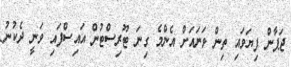
ޖަޕާން ފިޔަވައި ތިން ވަނައަށް އެންމެ ގިނަ ޓޫރިސްޓުން އައިސްފައި ވަނީ ދެކުނު